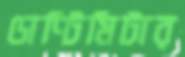
সেণ্টিমিটার